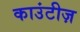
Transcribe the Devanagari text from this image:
काउंटीज़